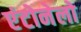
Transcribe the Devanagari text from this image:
एंटोनेलो